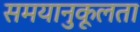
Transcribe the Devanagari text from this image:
समयानुकूलता